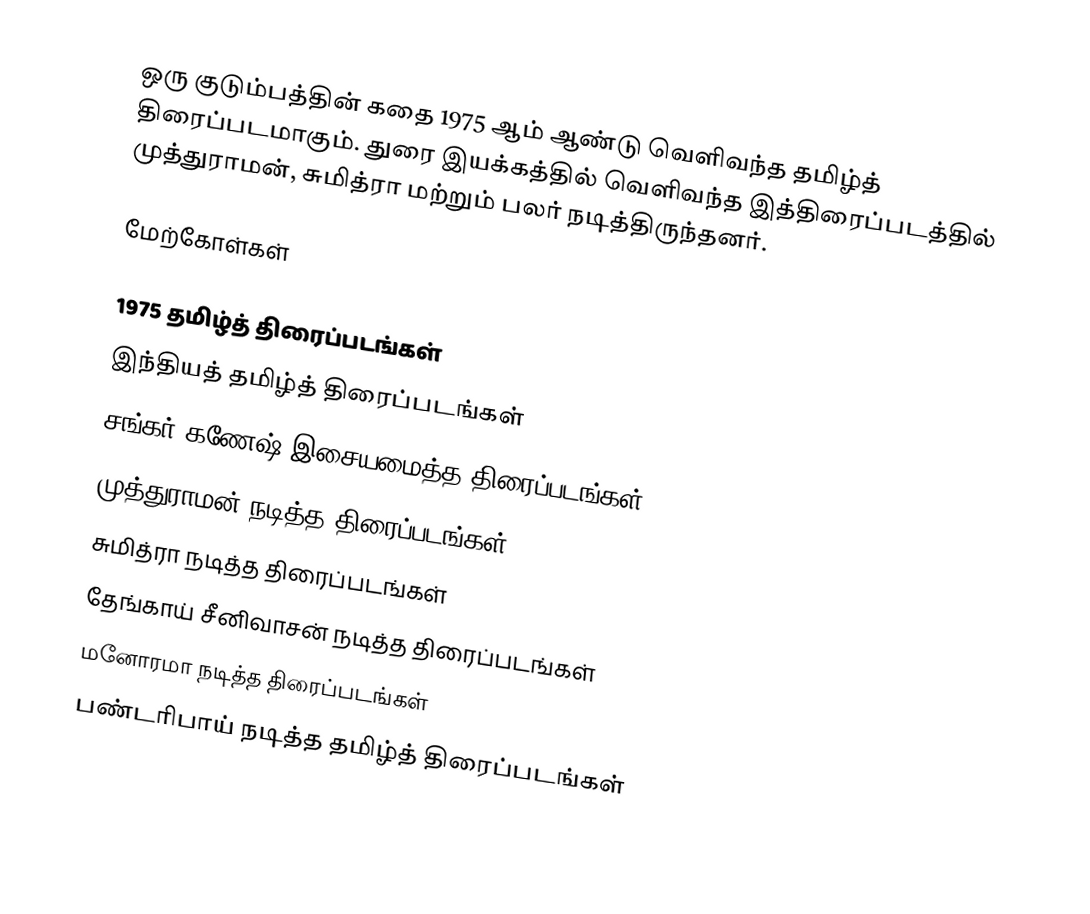
ஒரு குடும்பத்தின் கதை 1975 ஆம் ஆண்டு வெளிவந்த தமிழ்த் திரைப்படமாகும். துரை இயக்கத்தில் வெளிவந்த இத்திரைப்படத்தில் முத்துராமன், சுமித்ரா மற்றும் பலர் நடித்திருந்தனர்.

மேற்கோள்கள்

1975 தமிழ்த் திரைப்படங்கள்
இந்தியத் தமிழ்த் திரைப்படங்கள்
சங்கர் கணேஷ் இசையமைத்த திரைப்படங்கள்
முத்துராமன் நடித்த திரைப்படங்கள்
சுமித்ரா நடித்த திரைப்படங்கள்
தேங்காய் சீனிவாசன் நடித்த திரைப்படங்கள்
மனோரமா நடித்த திரைப்படங்கள்
பண்டரிபாய் நடித்த தமிழ்த் திரைப்படங்கள்